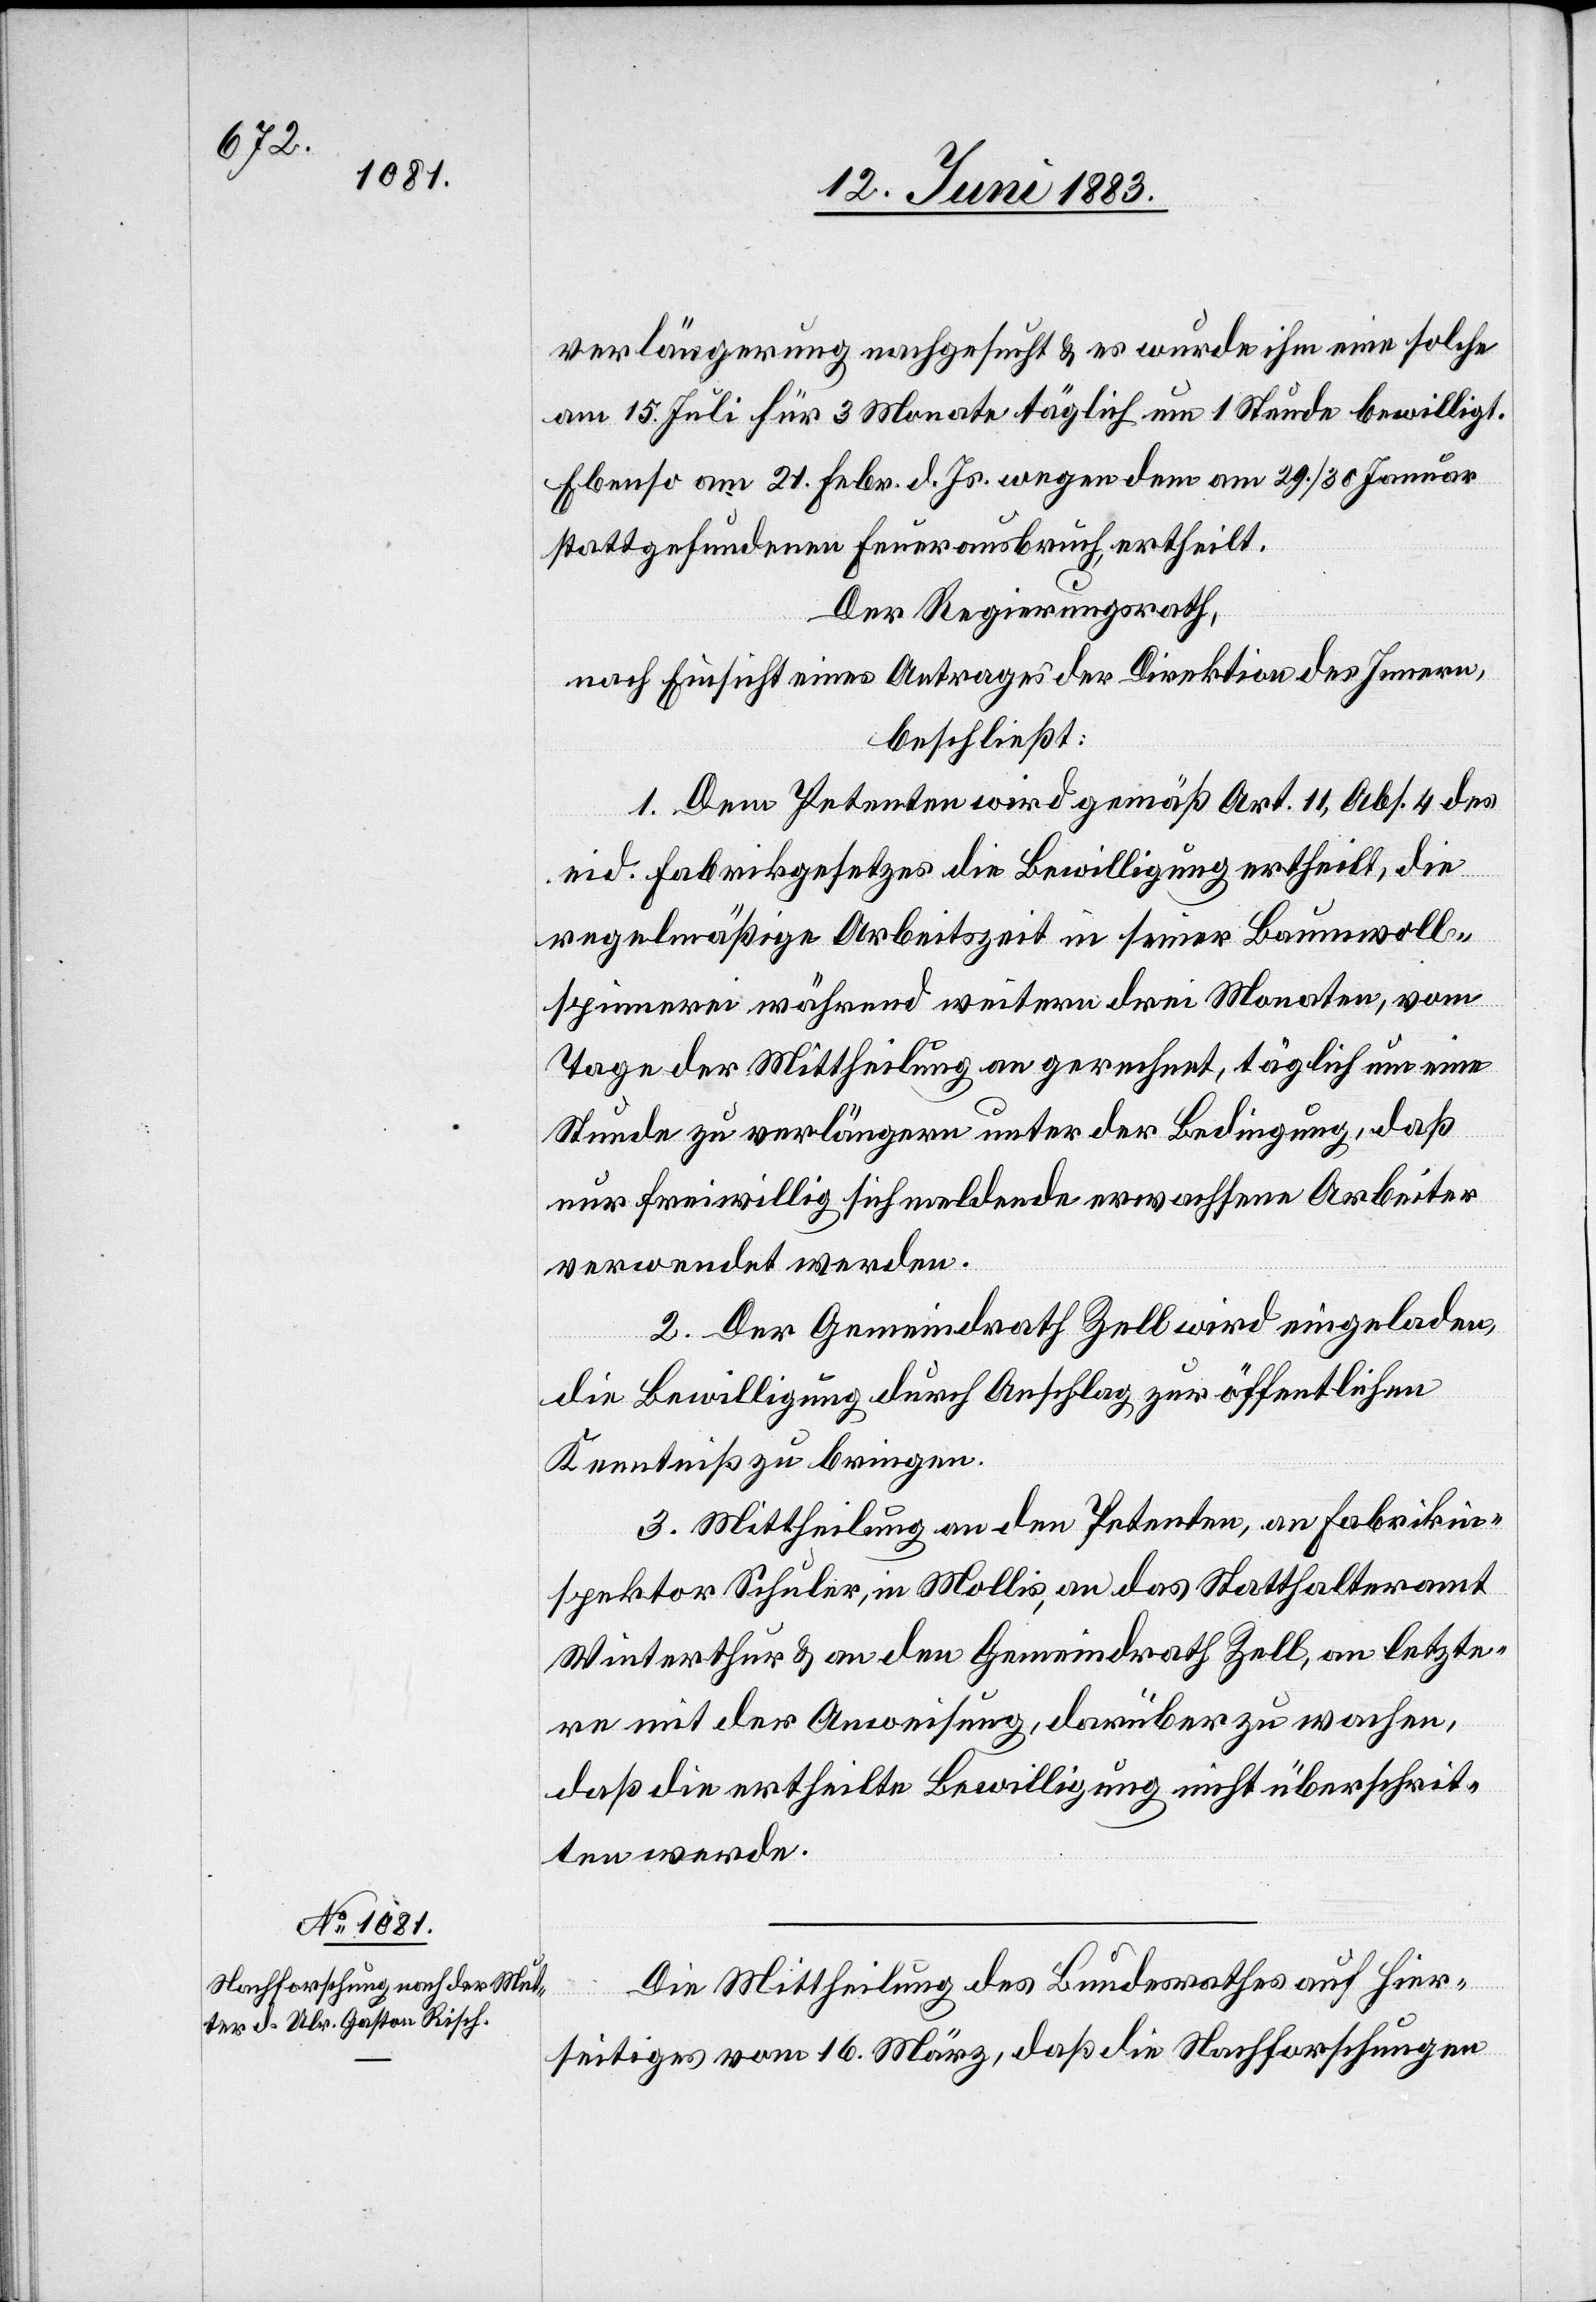
13. Juni 1883.]
verlängerung nachgesucht & es wurde ihm eine solche
am 15. Juli für 3 Monate täglich um 1 Stunde bewilligt.
Ebenso am 21. Febr. d. Js. wegen dem am 29./30. Januar
stattgefundenen Feuerausbruch ertheilt.
Der Regierungsrath,
nach Einsicht eines Antrages der Direktion des Innern,
beschließt:
1. Dem Petenten wird gemäß Art. 11, Abs. 4 des
eid. Fabrikgesetzes die Bewilligung ertheilt, die
regelmäßige Arbeitszeit in seiner Baumwoll¬
spinnerei während weitern drei Monaten, vom
Tage der Mittheilung an gerechnet, täglich um eine
Stunde zu verlängern unter der Bedingung, daß
nur freiwillig sich meldende erwachsene Arbeiter
verwendet werden.
2. Der Gemeindrath Zell wird eingeladen,
die Bewilligung durch Anschlag zur öffentlichen
Kenntniß zu bringen.
3. Mittheilung an den Petenten, an Fabrikin¬
spektor Schuler, in Mollis, an das Statthalteramt
Winterthur & an den Gemeindrath Zell, an letzte¬
ren mit der Anweisung, darüber zu wachen,
daß die ertheilte Bewilligung nicht überschrit¬
ten werde.
Die Mittheilung des Bundesrathes auf hier¬
seitiges vom 16. März, daß die Nachforschungen